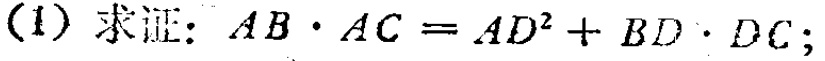
(1) 求证：\(AB\cdot AC = AD^{2}+BD\cdot DC\)；